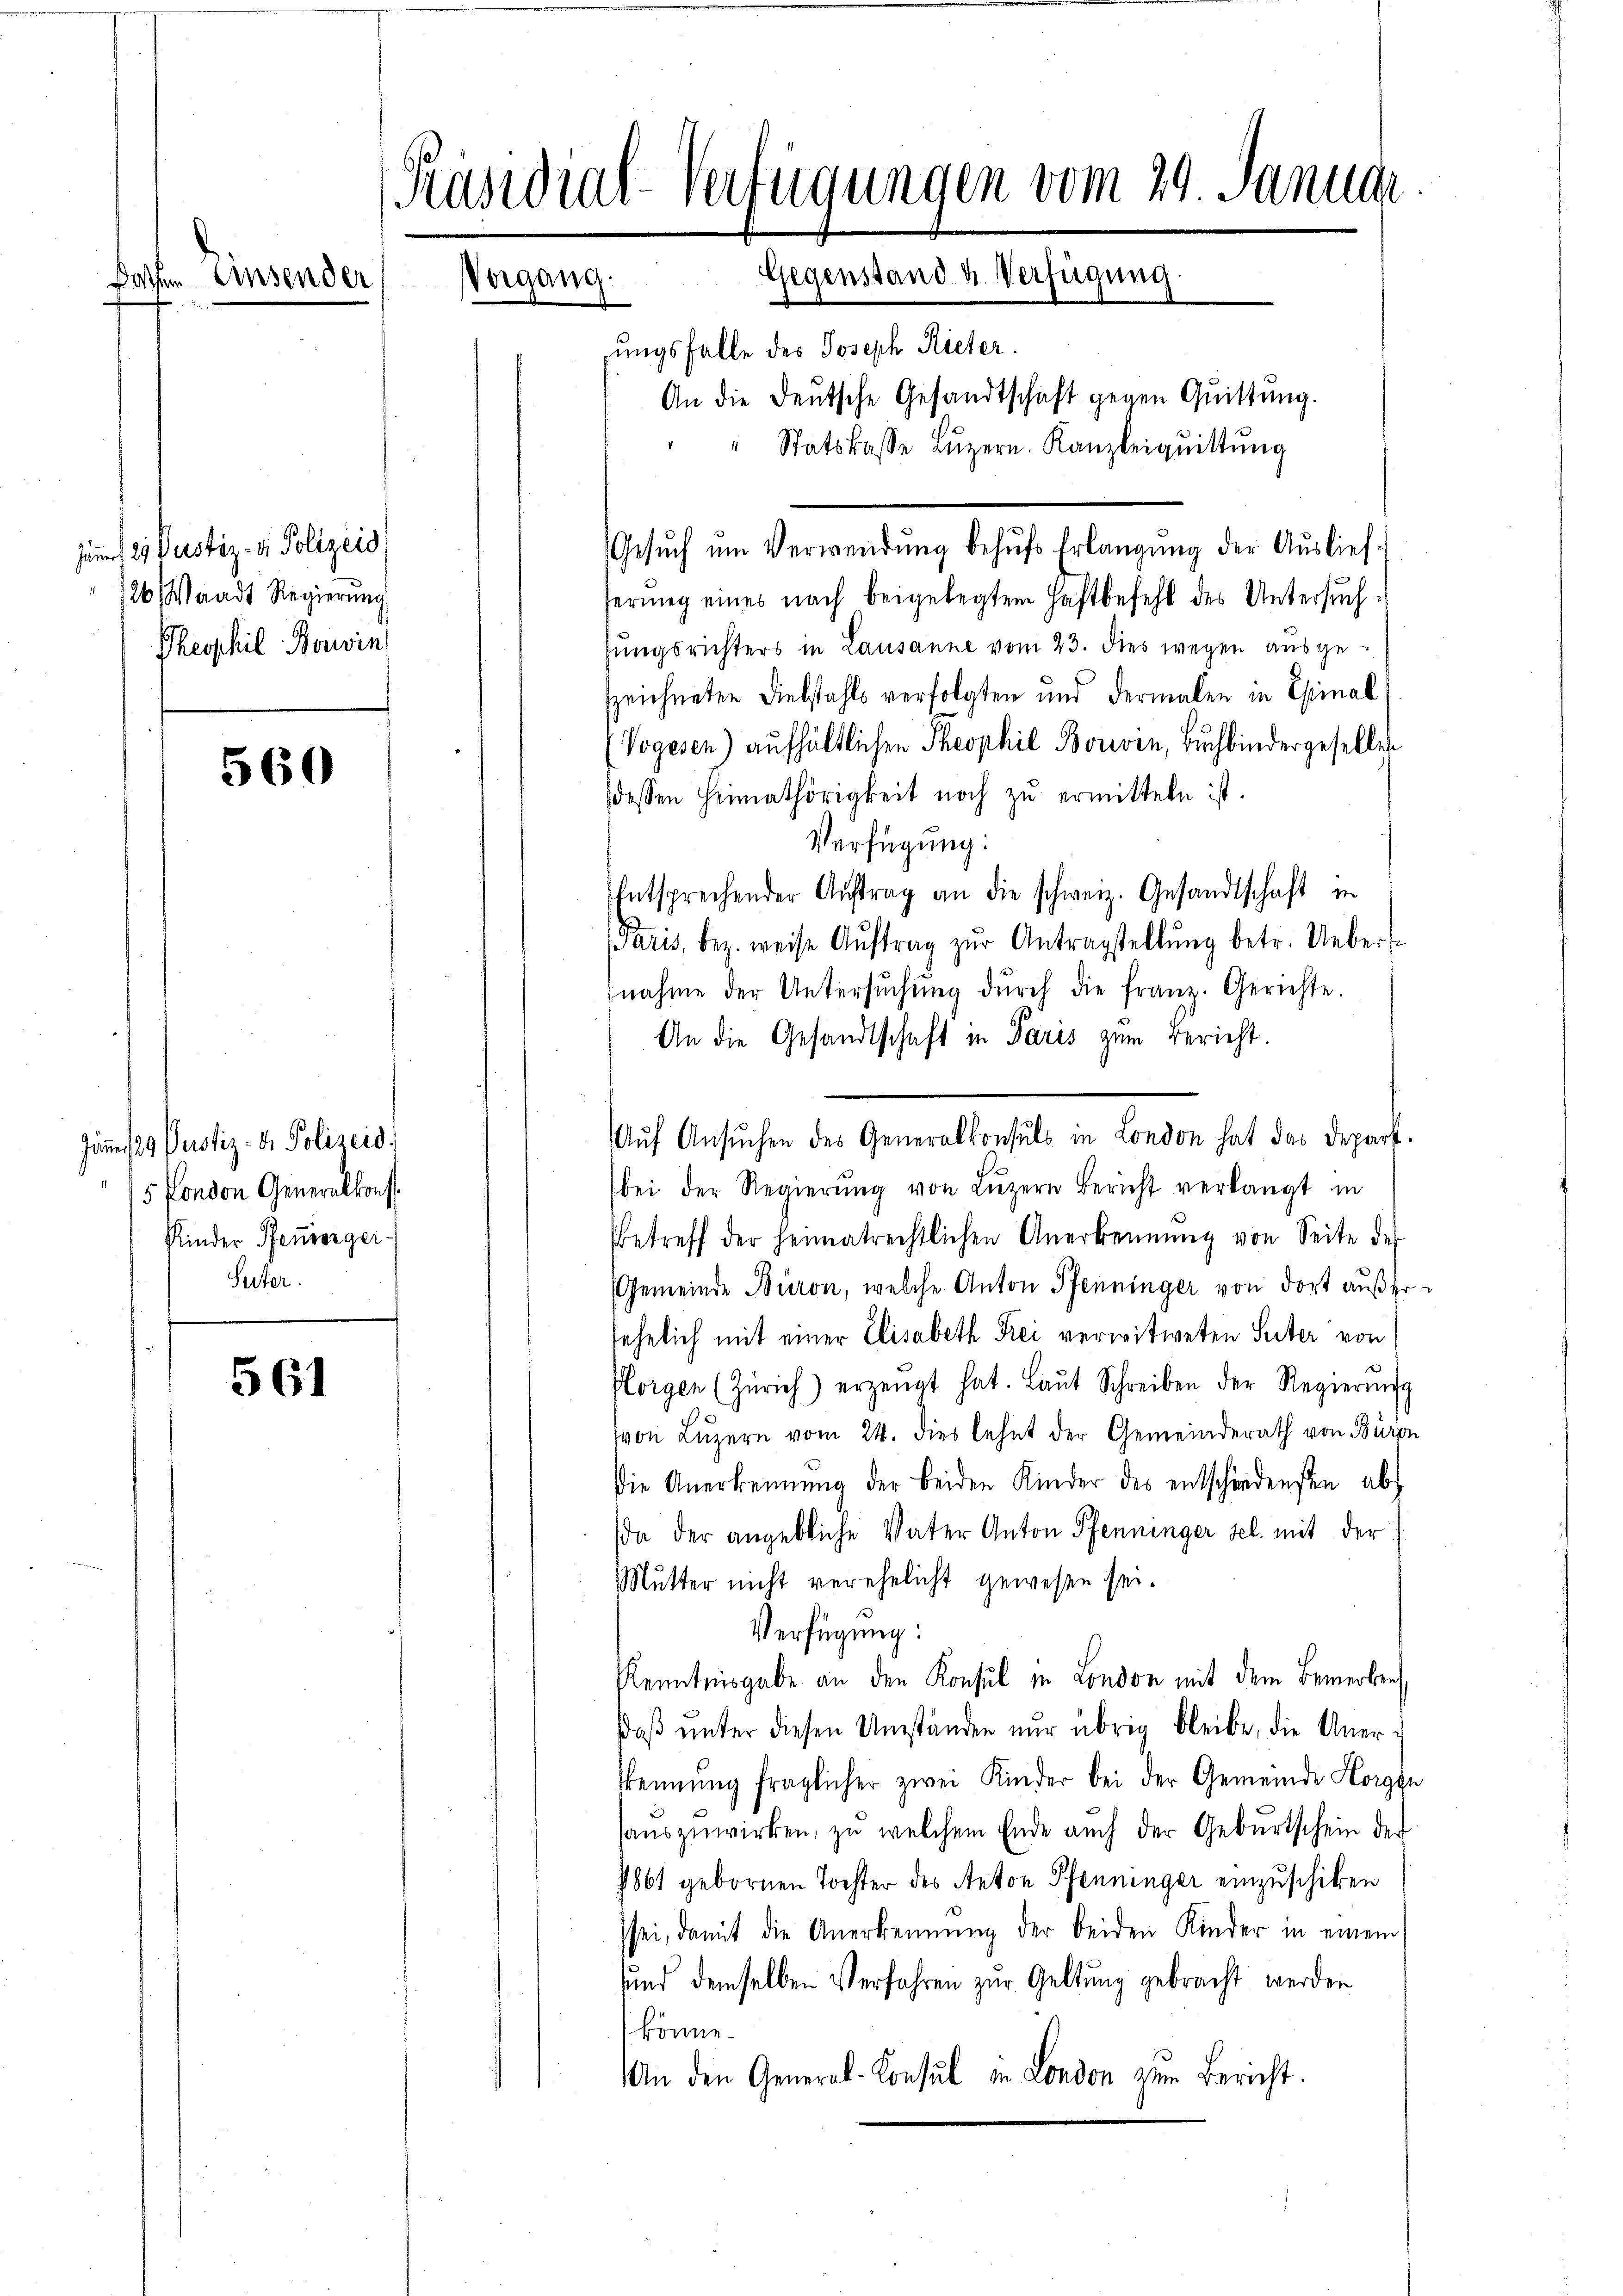
e

Zinsender

Zum 29. Justiz- & Polizeis
26 Waadt Regierung
Theophil Boswin

560

Jäner 29 Justiz- & Polizeid
5 fondon Generalkonst.
Kinder Feuergei-
Seiter.

561

Präsidial-Verfügungen vom 29. Januar
Gegenstand u Verfügung
Vorgang.
ungsfalle des Joseph Rieter.
An die Deutsche Gesandtschaft gegen Quittung.
" Statskasse Lŭzern. Kanzleiquittung

serung eines nach beigelegtem Haftbefehl des Untersuchtungsrichters in Lausanne vom 23. dies wegen ausgezzeichneten Diebstahls verfolgten und dermalen in Chinal
Vogesen) aufhältlichen Theophil Boivin, Buchbindergesellen
dessen Heimathörigkeit noch zŭ ermitteln ist.
Verfügung.
Entsprechender Aŭftrag an die schweiz. Gesandtschaft in
Paris, bez. weise Aŭftrag zŭr Antragstellŭng betr. Uebers
nahme der Untersŭchŭng dŭrch die franz. Gerichte.
An die Gesandtschaft in Paris zum Bericht.
bei der Regierŭng von Lŭzern Bericht verlangt in
Betreff der heimatrechtlichen Anerkennung von Seite des
Gemeinde Büron, welche Anton Pfenninger von dort außerfehelich mit einer Elisabeth Frei verwitweten Seiter von
Plorgen (Zürich) erzeugt hat. Laŭt Schreiben der Regierŭng
von Luzern vom 24. dies lehnt der Gemeinderath von Büron
Die Anerkennung der beiden Kinder des entschiedensten abs
da der angebliche Vater Anton Pfenninger sel. mit der
Mutter nicht verehelicht gewesen sei.
Verfügung:
Kenntnisgabe an den Konsul in London mit dem Bemerken
daβ ŭnter diesen Umständen nur übrig bleibe, die Uner-
kennung fraglicher zwei Kinder bei der Gemeinde Horgen
sauszuwirken, zu welchem Ende auch der Geburtschein der
7861 gebornen Tochter des Anton Pfenninger einzuschiken
sei, damit die Anerkennung der beiden Kinder in einem
und demselben Verfahren zur Geltung gebracht werden
könne.
An den General-Consul in London zum Bericht.

Gesŭch ŭm Verwendŭng behŭfs Erlangŭng der Auslief-

Aŭf Ansŭchen des Generalkonsuls in London hat das Depart.